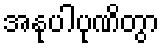
အနုပါပုဏိတွာ